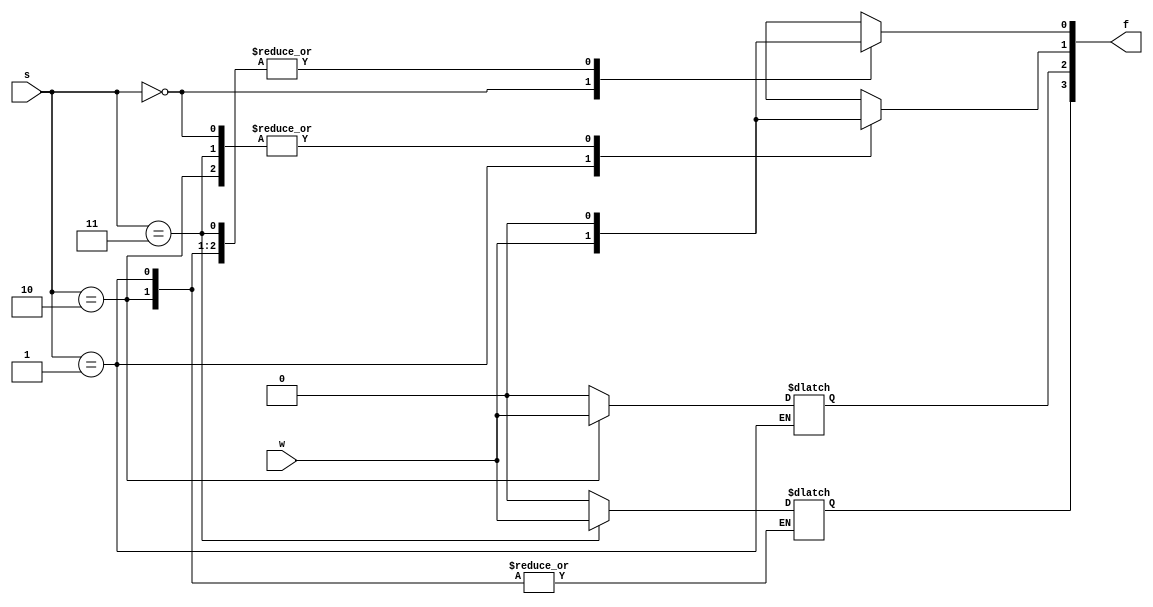
module demux1to4(w, s, f);

output reg [3:0] f; 
input [1:0] s; 
input w;

always @(w, s)
    case(s)
        2'b00 : begin 
					f[0] = w; 
					f[3:1] = 0; 
				end
        2'b01 : begin 
					f[1] = w; 
					f[0] = 0;   
				end
        2'b10 : begin 
					f[2] = w; 
					f[1:0] = 0; 
				end
        2'b11 : begin 
					f[3] = w; 
					f[2:0] = 0; 
				end
    endcase
endmodule